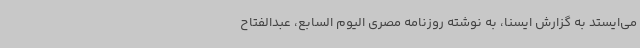
می‌ایستد به گزارش ایسنا، به نوشته روزنامه مصری الیوم السابع، عبدالفتاح